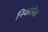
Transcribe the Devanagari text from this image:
निर्यातीला